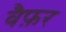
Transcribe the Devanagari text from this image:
वैफ़र